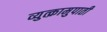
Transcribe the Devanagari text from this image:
व्युत्क्रामुपाती